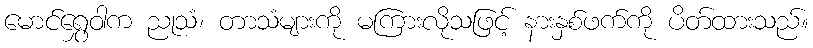
မောင်ရွှေဝါက ညုသံ၊ တာသံများကို မကြားလိုသဖြင့် နားနှစ်ဖက်ကို ပိတ်ထားသည်။